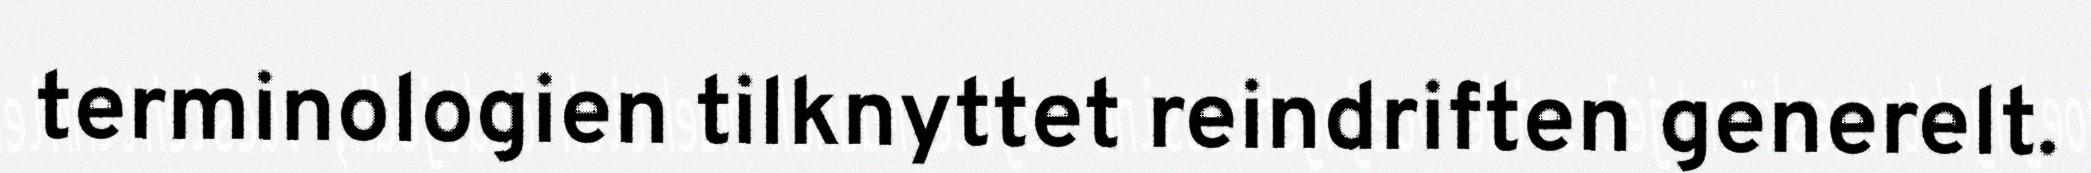
terminologien tilknyttet reindriften generelt.